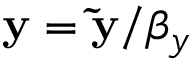
\mathbf { y } = \mathbf { \widetilde { y } } / \beta _ { y }